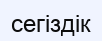
сегіздік